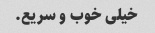
خیلی خوب و سریع.